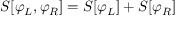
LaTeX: S [ \varphi _ { L } , \varphi _ { R } ] = S [ \varphi _ { L } ] + S [ \varphi _ { R } ]